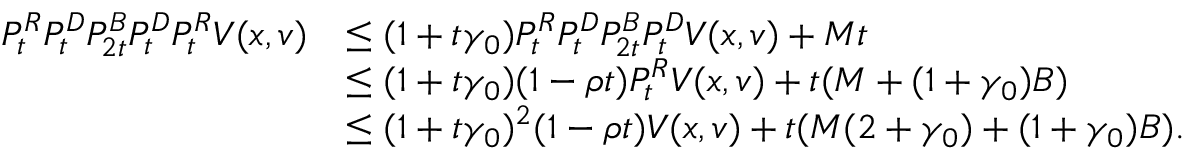
\begin{array} { r l } { P _ { t } ^ { R } P _ { t } ^ { D } P _ { 2 t } ^ { B } P _ { t } ^ { D } P _ { t } ^ { R } V ( x , v ) } & { \leq ( 1 + t \gamma _ { 0 } ) P _ { t } ^ { R } P _ { t } ^ { D } P _ { 2 t } ^ { B } P _ { t } ^ { D } V ( x , v ) + M t } \\ & { \leq ( 1 + t \gamma _ { 0 } ) ( 1 - \rho t ) P _ { t } ^ { R } V ( x , v ) + t ( M + ( 1 + \gamma _ { 0 } ) B ) } \\ & { \leq ( 1 + t \gamma _ { 0 } ) ^ { 2 } ( 1 - \rho t ) V ( x , v ) + t ( M ( 2 + \gamma _ { 0 } ) + ( 1 + \gamma _ { 0 } ) B ) . } \end{array}